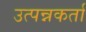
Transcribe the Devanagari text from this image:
उत्पन्नकर्ता